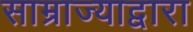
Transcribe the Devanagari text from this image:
साम्राज्याद्वारा